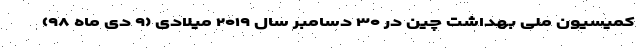
کمیسیون ملی بهداشت چین در ۳۰ دسامبر سال ۲۰۱۹ میلادی (۹ دی ماه ۹۸)